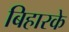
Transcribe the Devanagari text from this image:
बिहारके